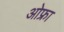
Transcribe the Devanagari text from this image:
ओफ्रा